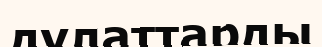
дулаттарды